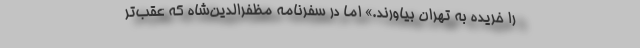
را خریده به تهران بیاورند.» اما در سفرنامه مظفرالدین‌‌‌شاه که عقب‌تر